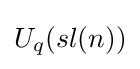
U_{q}(sl(n))